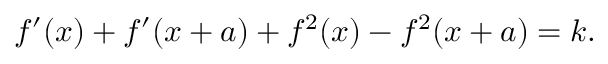
f ^ { \prime } ( x ) + f ^ { \prime } ( x + a ) + f ^ { 2 } ( x ) - f ^ { 2 } ( x + a ) = k .